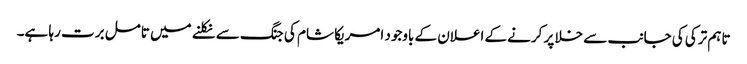
تاہم ترکی کی جانب سے خلا پر کرنے کے اعلان کے باوجود امریکا شام کی جنگ سے نکلنے میں تامل برت رہا ہے۔